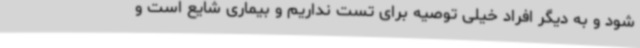
شود و به دیگر افراد خیلی توصیه برای تست نداریم و بیماری شایع است و